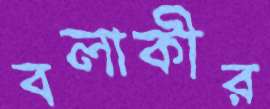
বলাকীর